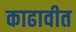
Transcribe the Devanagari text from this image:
काढावीत